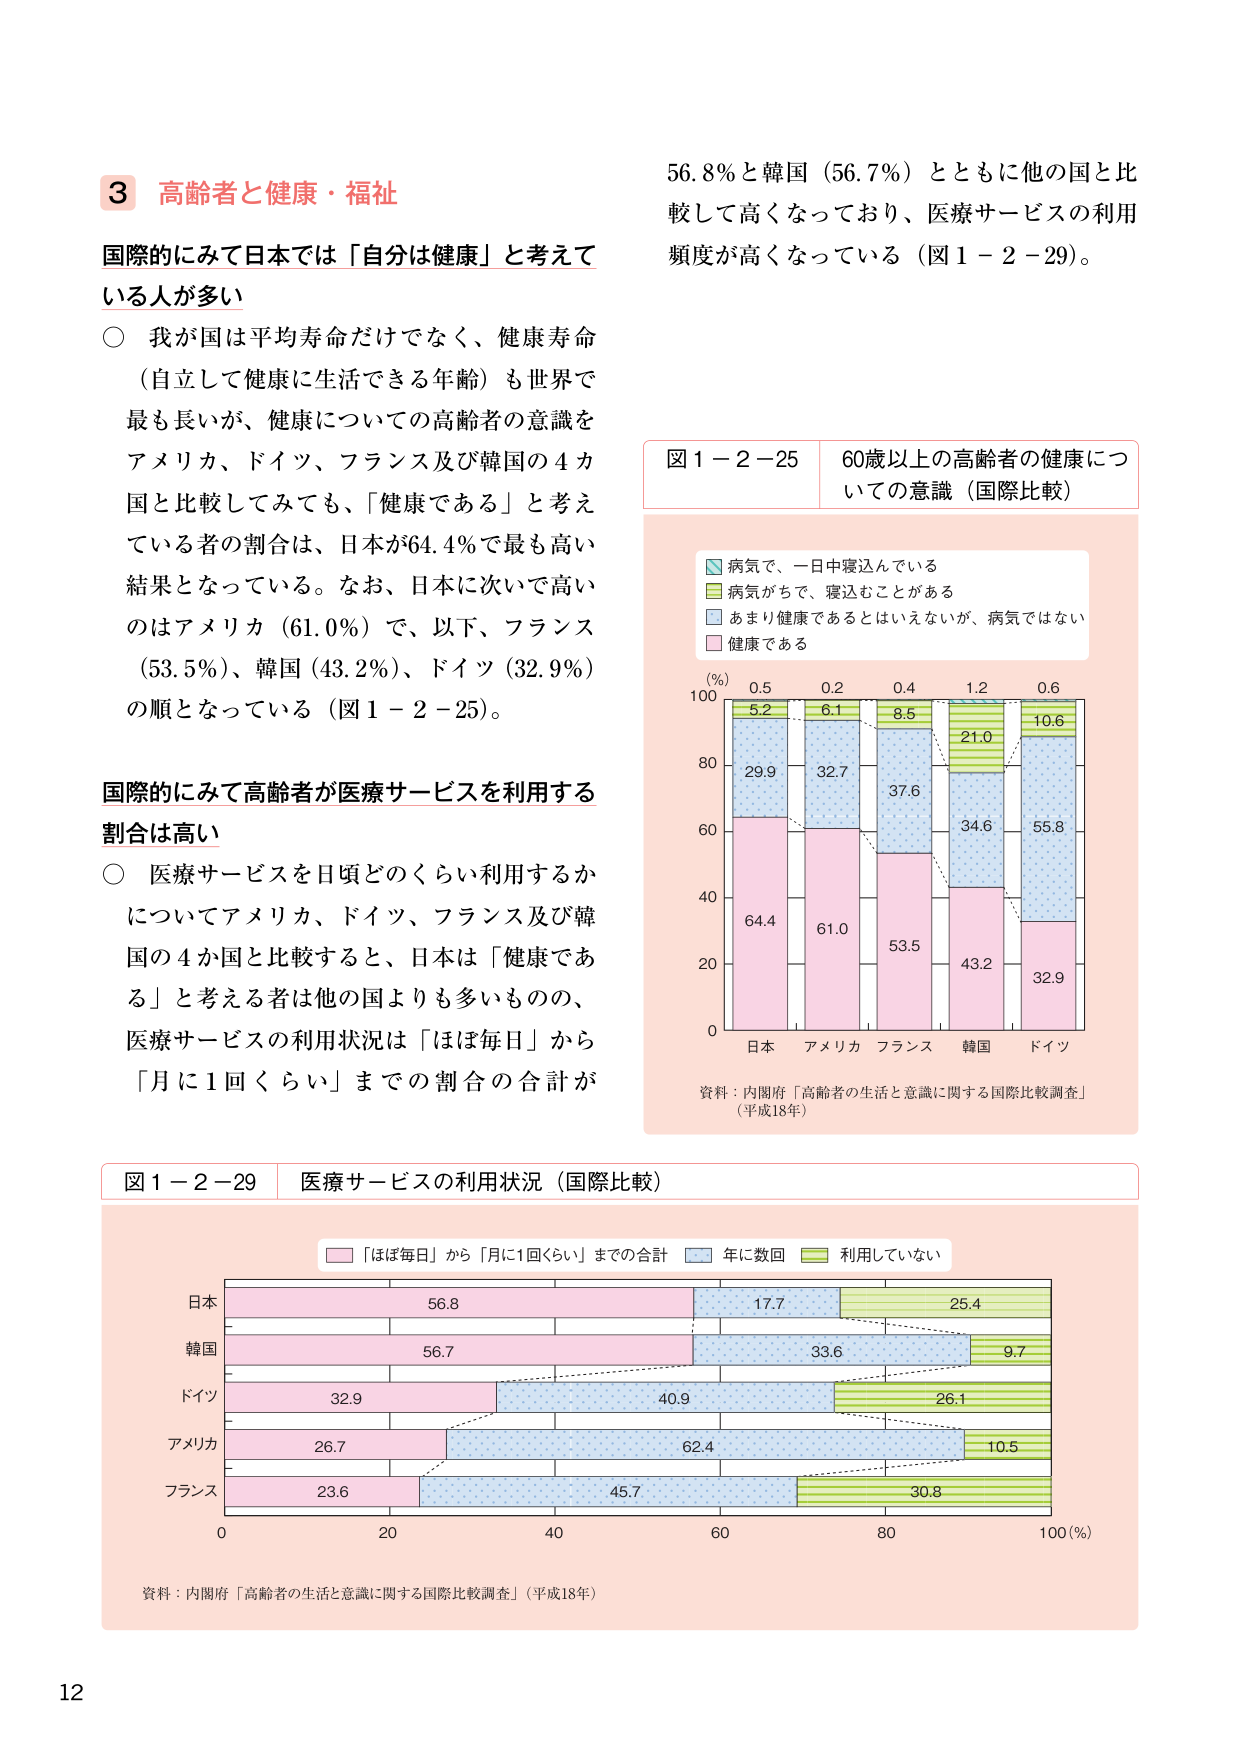
3 高齢者と健康・福祉

国際的にみて日本では「自分は健康」と考えている人が多い

○ 我が国は平均寿命だけでなく、健康寿命（自立して健康に生活できる年齢）も世界で最も長いが、健康についての高齢者の意識をアメリカ、ドイツ、フランス及び韓国の4か国と比較してみても、「健康である」と考えている者の割合は、日本が64.4％で最も高い結果となっている。なお、日本に次いで高いのはアメリカ（61.0％）で、以下、フランス（53.5％）、韓国（43.2％）、ドイツ（32.9％）の順となっている（図1－2－25）。

国際的にみて高齢者が医療サービスを利用する割合は高い

○ 医療サービスを日頃どのくらい利用するかについてアメリカ、ドイツ、フランス及び韓国の4か国と比較すると、日本は「健康である」と考える者は他の国よりも多いものの、医療サービスの利用状況は「ほぼ毎日」から「月に1回くらい」までの割合の合計が

56.8％と韓国（56.7％）とともに他の国と比較して高くなっており、医療サービスの利用頻度が高くなっている（図1－2－29）。

図1－2－25 60歳以上の高齢者の健康についての意識（国際比較）

■ 病気で、一日中寝込んでいる
■ 病気がちで、寝込むことがある
■ あまり健康であるとはいえないが、病気ではない
■ 健康である

（％）
100
5.2  6.1  8.5  21.0  10.6
29.9  32.7  37.6  34.6  55.8
64.4  61.0  53.5  43.2  32.9
0
日本 アメリカ フランス 韓国 ドイツ

資料：内閣府「高齢者の生活と意識に関する国際比較調査」（平成18年）

図1－2－29 医療サービスの利用状況（国際比較）

■ 「ほぼ毎日」から「月に1回くらい」までの合計
■ 年に数回
■ 利用していない

日本 56.8 17.7 25.4
韓国 56.7 33.6 9.7
ドイツ 32.9 40.9 26.1
アメリカ 26.7 62.4 10.5
フランス 23.6 45.7 30.8

0 20 40 60 80 100（％）

資料：内閣府「高齢者の生活と意識に関する国際比較調査」（平成18年）

12